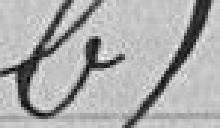
b)